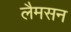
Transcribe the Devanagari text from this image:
लैमसन